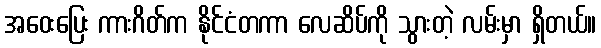
အဝေးပြေး ကားဂိတ်က နိုင်ငံတကာ လေဆိပ်ကို သွားတဲ့ လမ်းမှာ ရှိတယ်။